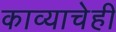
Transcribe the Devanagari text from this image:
काव्याचेही